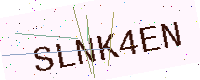
Text: SLNK4EN